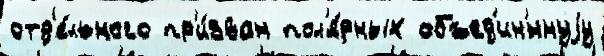
отд'е́льного пр'и́зван пол'я́рных объед'ин'́ннуjу